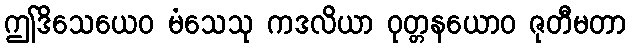
ဤဒိသေယေဝ မံသေသု ကဒလိယာ ဝုတ္တနယောဝ ဇုတီမတာ